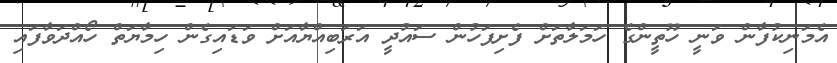
އެމަނިކުފާން ވަނީ ހޫތީންގެ ހަމަލާތަށް ފެށިފަހުން ސައުދީ އަރަބިއްޔާއަށް ވަޑައިގެން ހިމާޔަތް ހޯއްދަވާފައި